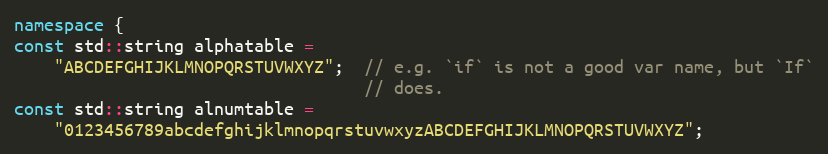
Language: C++
namespace {
const std::string alphatable =
    "ABCDEFGHIJKLMNOPQRSTUVWXYZ";  // e.g. `if` is not a good var name, but `If`
                                   // does.
const std::string alnumtable =
    "0123456789abcdefghijklmnopqrstuvwxyzABCDEFGHIJKLMNOPQRSTUVWXYZ";